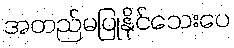
အတည်မပြုနိုင်သေးပေ